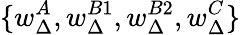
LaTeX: \{ w_{\Delta}^{A},w_{\Delta}^{B1},w_{\Delta}^{B2},w_{\Delta}^{C}\}